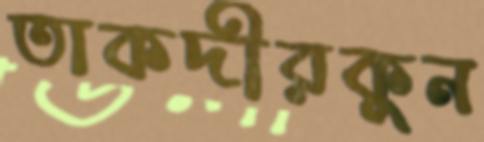
তাকদীরকুন